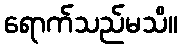
ရောက်သည်မသိ။